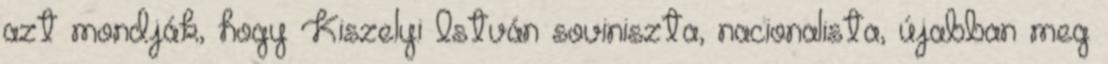
azt mondják, hogy Kiszelyi István soviniszta, nacionalista, újabban meg